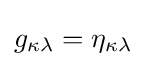
g_{\kappa \lambda }=\eta _{\kappa \lambda }